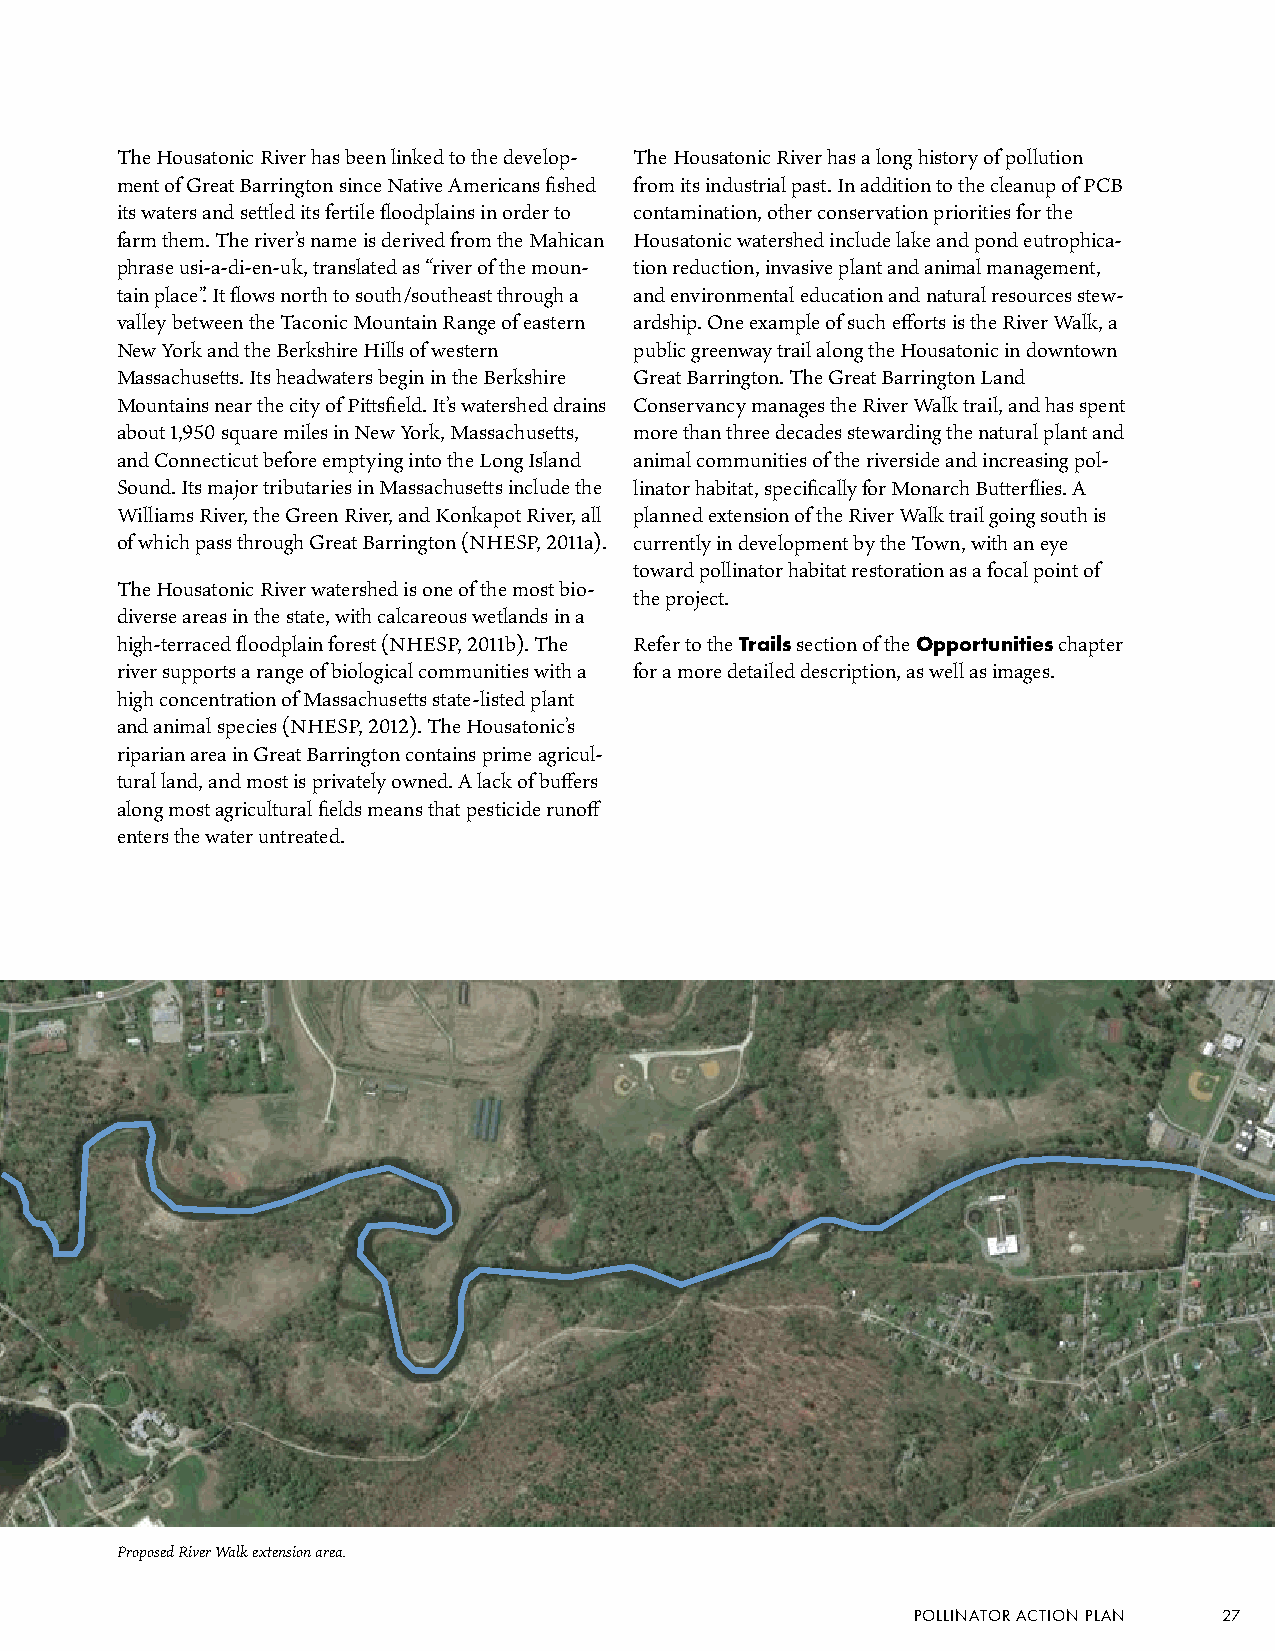
The Housatonic River has been linked to the develop- The Housatonic River has a long history of pollution
 ment of Great Barrington since Native Americans fished from its industrial past. In addition to the cleanup of PCB
 its waters and settled its fertile floodplains in order to contamination, other conservation priorities for the
 farm them. The river’s name is derived from the Mahican Housatonic watershed include lake and pond eutrophica-
 phrase usi-a-di-en-uk, translated as “river of the moun- tion reduction, invasive plant and animal management,
 tain place”. It flows north to south/southeast through a and environmental education and natural resources stew-
 valley between the Taconic Mountain Range of eastern ardship. One example of such efforts is the River Walk, a
 New York and the Berkshire Hills of western public greenway trail along the Housatonic in downtown
 Massachusetts. Its headwaters begin in the Berkshire Great Barrington. The Great Barrington Land
 Mountains near the city of Pittsfield. It’s watershed drains Conservancy manages the River Walk trail, and has spent
 about 1,950 square miles in New York, Massachusetts, more than three decades stewarding the natural plant and
 and Connecticut before emptying into the Long Island animal communities of the riverside and increasing pol-
 Sound. Its major tributaries in Massachusetts include the linator habitat, specifically for Monarch Butterflies. A
 Williams River, the Green River, and Konkapot River, all planned extension of the River Walk trail going south is
 of which pass through Great Barrington (NHESP, 2011a). currently in development by the Town, with an eye
 toward pollinator habitat restoration as a focal point of
 The Housatonic River watershed is one of the most bio-
 the project.
 diverse areas in the state, with calcareous wetlands in a
 high-terraced floodplain forest (NHESP, 2011b). The Refer to the Trails section of the Opportunities chapter
 river supports a range of biological communities with a for a more detailed description, as well as images.
 high concentration of Massachusetts state-listed plant
 and animal species (NHESP, 2012). The Housatonic’s
 riparian area in Great Barrington contains prime agricul-
 tural land, and most is privately owned. A lack of buffers
 along most agricultural fields means that pesticide runoff
 enters the water untreated.
 Proposed River Walk extension area.
 POLLINATOR ACTION PLAN 27